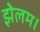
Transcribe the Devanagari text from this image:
झेलम।